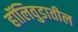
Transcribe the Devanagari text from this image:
हॉलिवुडातील